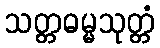
သတ္တဓမ္မသုတ္တံ